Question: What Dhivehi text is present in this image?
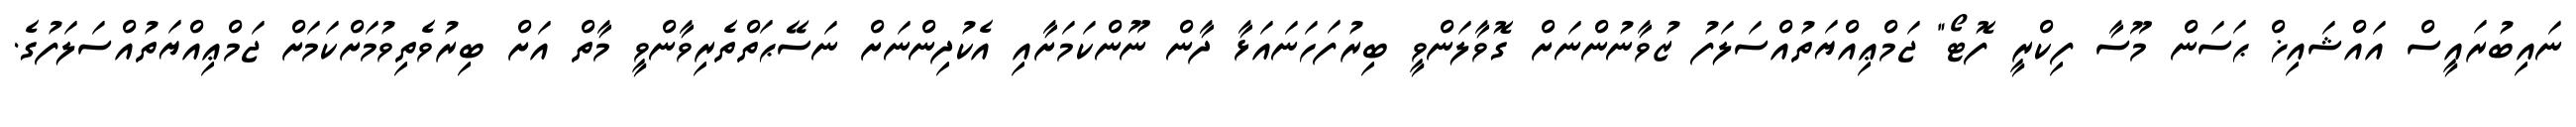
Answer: ނައިބުރައީސް އައްޝައިޚް ޙަސަން މޫސާ ފިކްރީ ފޮޓޯ" ޖަމްޢިއްޔަތުއްސަލަފު ޒުވާނުންނަށް ގޮވާލަންވީ ބިރުފަހަނައަޅާ ދާން ނޫންކަމަށާއި އެކުދިންނަށް ނަސޭޙަތްތެރިވާންވީ މާތް އަށް ބިރުވެތިވުމަށްކަމަށް ޖަމްޢިއްޔަތުއްސަލަފުގެ.